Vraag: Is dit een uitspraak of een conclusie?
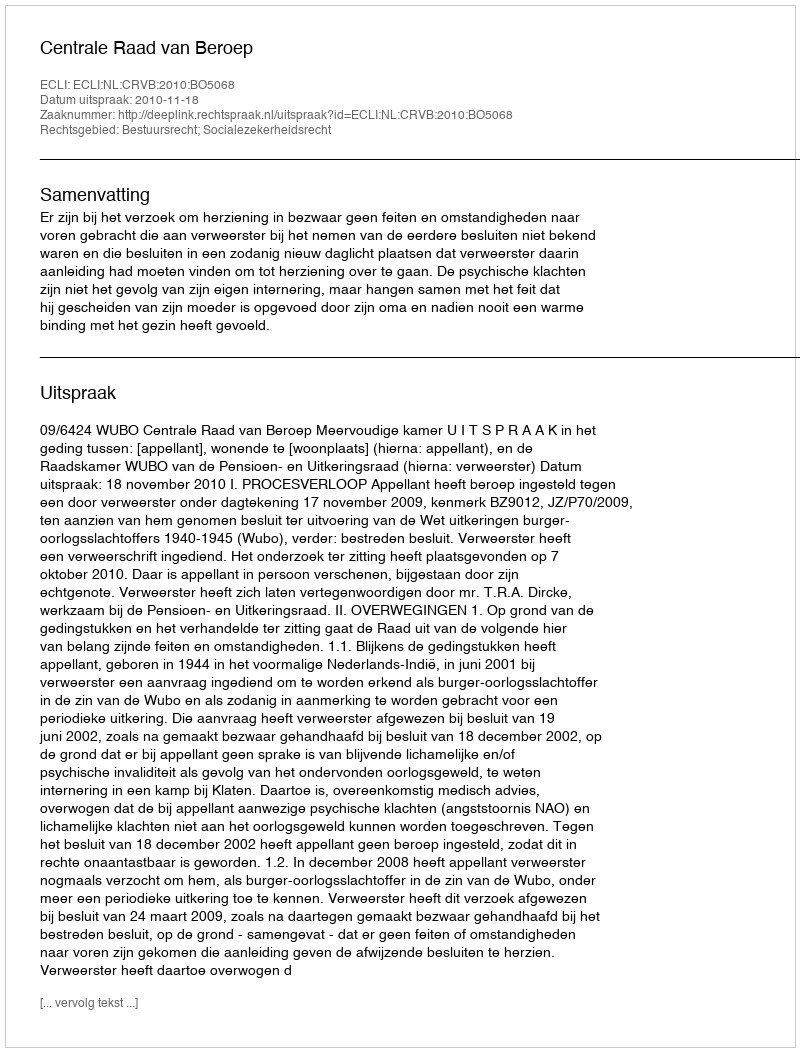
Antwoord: Uitspraak